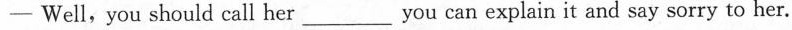
—Well，you should call her___you can explain it and say sorry to her.